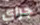
جراي